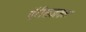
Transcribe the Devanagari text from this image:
पॅरीसजवळ